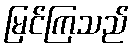
မြင်ကြသည်